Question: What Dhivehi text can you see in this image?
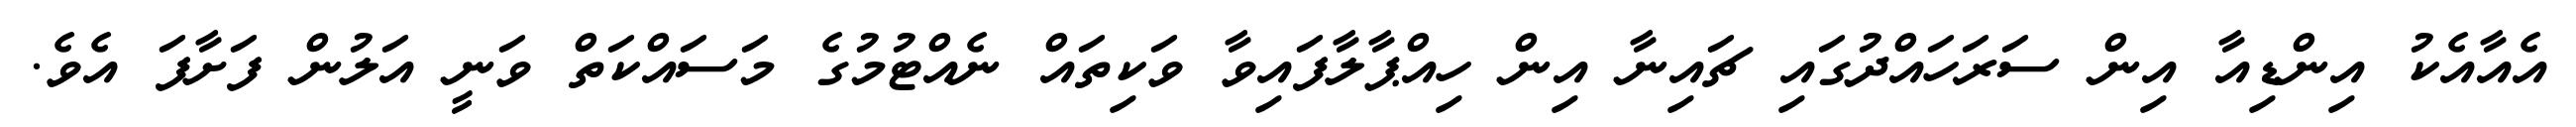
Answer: އެއާއެކު އިންޑިއާ އިން ސަރަހައްދުގައި ޗައިނާ އިން ހިއްޕާލާފައިވާ ވަކިތައް ނެއްޓުމުގެ މަސައްކަތް ވަނީ އަލުން ފަށާފަ އެވެ.